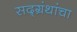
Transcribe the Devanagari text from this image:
सद्ग्रंथांचा